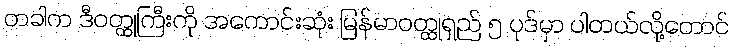
တခါက ဒီဝတ္ထုကြီးကို အကောင်းဆုံး မြန်မာဝတ္ထုရှည် ၅ ပုဒ်မှာ ပါတယ်လို့တောင်